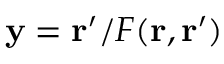
\mathbf { y } = \mathbf { r } ^ { \prime } / F ( \mathbf { r } , \mathbf { r } ^ { \prime } )